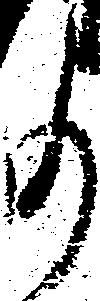
事